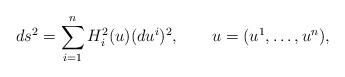
LaTeX: \begin{align*}ds^2=\sum_{i=1}^n H_i^2(u) (du^i)^2,\qquad u=(u^1,\ldots,u^n),\end{align*}